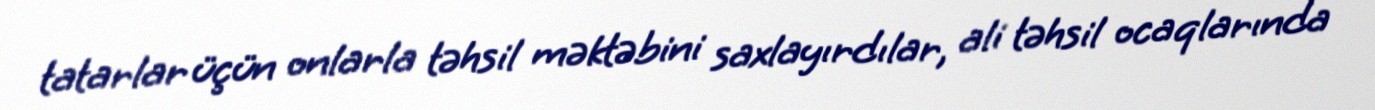
tatarlar üçün onlarla təhsil məktəbini saxlayırdılar, ali təhsil ocaqlarında